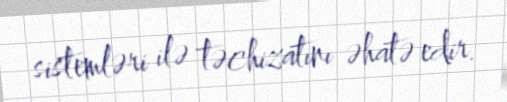
sistemləri ilə təchizatını əhatə edir.